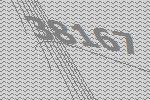
38167